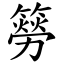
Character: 簩